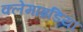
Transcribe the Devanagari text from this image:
क्लेमाइडिया